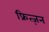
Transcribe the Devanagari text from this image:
फ्रित्ज़न